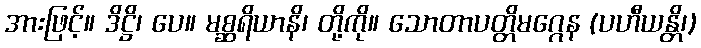
အားဖြင့်။ ဒိဋ္ဌိ၊ ပေ။ မစ္ဆရိယာနိ၊ တို့ကို။ သောတာပတ္တိမဂ္ဂေန (ပဟီယန္တိ၊)